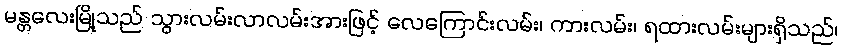
မန္တလေးမြို့သည် သွားလမ်းလာလမ်းအားဖြင့် လေကြောင်းလမ်း၊ ကားလမ်း၊ ရထားလမ်းများရှိသည်၊